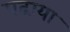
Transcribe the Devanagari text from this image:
पढा़या